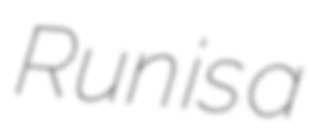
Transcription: Run is a